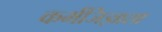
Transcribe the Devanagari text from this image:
कर्मजिज्ञासा